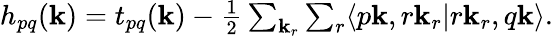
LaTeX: \begin{array}{r}{h_{pq}(\mathbf k)=t_{pq}(\mathbf k)-\frac{1}{2}\sum_{\mathbf k_{r}}\sum_{r}\langle p\mathbf k,r\mathbf k_{r}|r\mathbf k_{r},q\mathbf k\rangle.}\end{array}